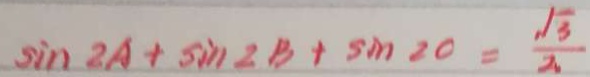
\sin 2 A + \sin 2 B + \sin 2 0 = \frac { \sqrt { 3 } } { 2 }